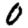
Digit: 0